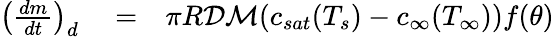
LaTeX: \begin{array}{rlr}{\left(\frac{dm}{dt}\right)_{d}}&{{}=}&{\pi R{\cal D}\mathcal{M}(c_{sat}(T_{s})-c_{\infty}(T_{\infty}))f(\theta)}\end{array}